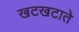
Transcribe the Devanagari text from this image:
खटखटाते